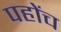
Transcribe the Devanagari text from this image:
पहोंच